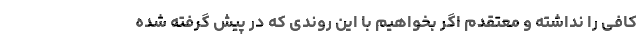
کافی را نداشته و معتقدم اگر بخواهیم با این روندی که در پیش گرفته شده